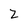
Character: Z